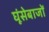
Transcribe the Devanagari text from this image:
घूंसेबाजों